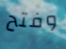
وفتح